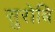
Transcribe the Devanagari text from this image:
सुरोबि